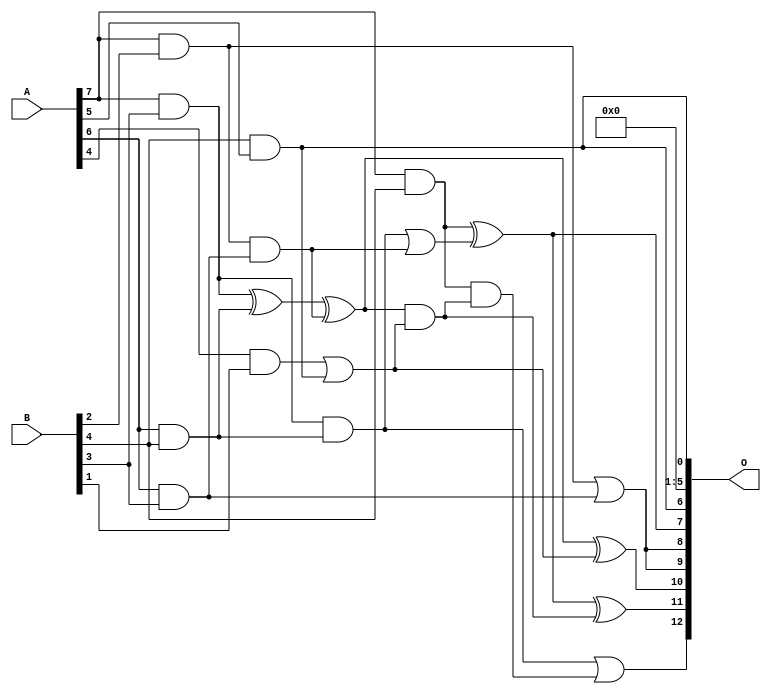
// This program was cloned from: https://github.com/ehw-fit/evoapproxlib
// License: MIT License

/***
* This code is a part of EvoApproxLib library (ehw.fit.vutbr.cz/approxlib) distributed under The MIT License.
* When used, please cite the following article(s): V. Mrazek, L. Sekanina, Z. Vasicek "Libraries of Approximate Circuits: Automated Design and Application in CNN Accelerators" IEEE Journal on Emerging and Selected Topics in Circuits and Systems, Vol 10, No 4, 2020 
* This file contains a circuit from a sub-set of pareto optimal circuits with respect to the pwr and wce parameters
***/
// MAE% = 3.85 %
// MAE = 316 
// WCE% = 12.89 %
// WCE = 1056 
// WCRE% = 3100.00 %
// EP% = 96.31 %
// MRE% = 54.36 %
// MSE = 154522 
// PDK45_PWR = 0.017 mW
// PDK45_AREA = 66.2 um2
// PDK45_DELAY = 0.37 ns

module mul8x5u_2ML (
    A,
    B,
    O
);

input [7:0] A;
input [4:0] B;
output [12:0] O;

wire sig_50,sig_77,sig_92,sig_93,sig_124,sig_125,sig_133,sig_135,sig_136,sig_166,sig_167,sig_168,sig_170,sig_171,sig_182,sig_183,sig_185,sig_196,sig_197,sig_208;

assign sig_50 = A[7] & B[2];
assign sig_77 = B[4] & A[5];
assign sig_92 = A[6] & B[3];
assign sig_93 = A[7] & B[3];
assign sig_124 = sig_50 | sig_92;
assign sig_125 = sig_50 & sig_92;
assign sig_133 = A[4] & B[1];
assign sig_135 = A[6] & B[4];
assign sig_136 = A[7] & B[4];
assign sig_166 = sig_133 | sig_77;
assign sig_167 = sig_93 ^ sig_135;
assign sig_168 = sig_93 & sig_135;
assign sig_170 = sig_167 ^ sig_125;
assign sig_171 = sig_168 | sig_125;
assign sig_182 = sig_170 & sig_166;
assign sig_183 = sig_170 ^ sig_166;
assign sig_185 = sig_136 ^ sig_171;
assign sig_196 = sig_136 & sig_182;
assign sig_197 = sig_185 ^ sig_182;
assign sig_208 = sig_168 | sig_196;

assign O[12] = sig_208;
assign O[11] = sig_197;
assign O[10] = sig_183;
assign O[9] = sig_124;
assign O[8] = sig_124;
assign O[7] = sig_185;
assign O[6] = sig_77;
assign O[5] = 1'b0;
assign O[4] = 1'b0;
assign O[3] = 1'b0;
assign O[2] = 1'b0;
assign O[1] = 1'b0;
assign O[0] = sig_77;

endmodule